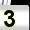
Digit: 3